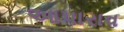
આપારાવ